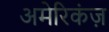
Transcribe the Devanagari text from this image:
अमेरिकंज़